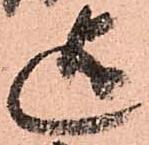
迄